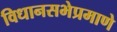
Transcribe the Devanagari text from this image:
विधानसभेप्रमाणे